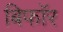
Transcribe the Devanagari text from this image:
बिफाॅर